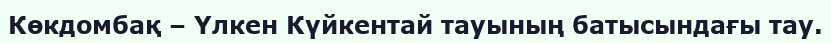
Көкдомбақ – Үлкен Күйкентай тауының батысындағы тау.